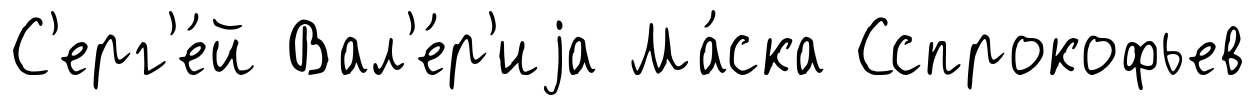
С'ерг'е́й Вал'е́р'иjа Ма́ска Сспрокофьев